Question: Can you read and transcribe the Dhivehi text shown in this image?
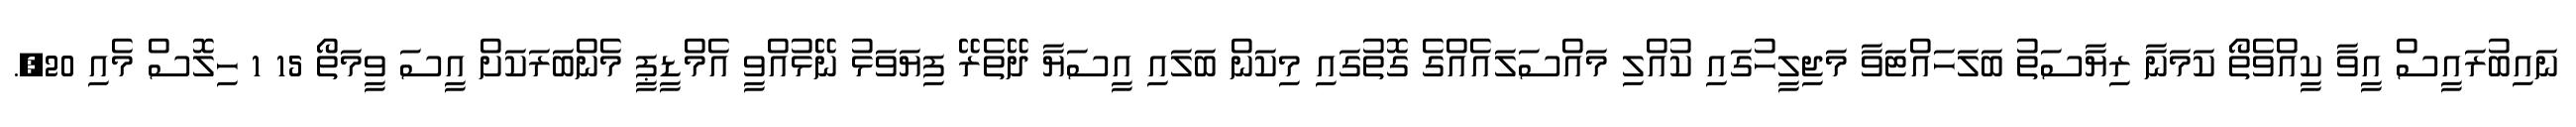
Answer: ނައިބުރައީސް އީވާ ކީއްވެތޯ ކަމަނާ ރިޔާސަތު ބަލަހައްޓަވާ މަޖިލީހުގައި ކުއްލި މައްސަލައެއްގެ ގޮތުގައި މިކަން ބަލައި އީސަޔާ ދޭތެރޭ ފިޔަވަޅު ނޭޅުއްވީ އެމްޑީޕީ މެންބަރަކަށް އީސަ ވީމަތޯ 15 1 ހިލޮސް މެއި 20,.